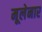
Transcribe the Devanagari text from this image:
मूलेनार